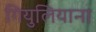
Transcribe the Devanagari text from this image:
गियुलियाना